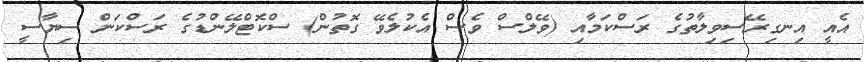
އެއީ އިނގިރޭސިވިލާތުގެ ރަސްކަމާއި (ވޭލްސް ވެސް އެކުލެވޭ ގޮތުން) ސްކޮޓްލޭންޑުގެ ރަސްކަން ސިޔާސީ